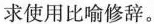
求使用比喻修辞。